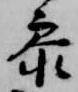
参